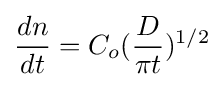
{dn \over dt}=C_{o}({D \over \pi t})^{1/2}